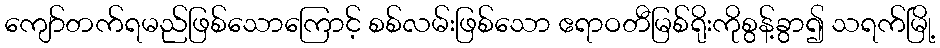
ကျော်တက်ရမည်ဖြစ်သောကြောင့် စစ်လမ်းဖြစ်သော ဧရာဝတီမြစ်ရိုးကိုစွန့်ခွာ၍ သရက်မြို့